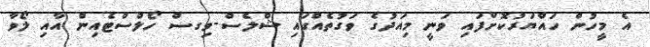
އެ މީހުން ހައްޔަރުކޮށްފައި ވަނީ މިއަދުގެ ވަގުތެއްގައި ޝްލެސް-ވިގސް ހޯލްސްޓެއިން އާއި ލޯވާ